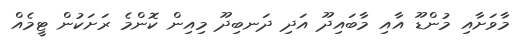
މާވަށާއި މުންޑޫ އާއި މާބައިދޫ އަދި ދަނބިދޫ މިއިން ކޮންމެ ރަށަކުން ޓީމެއް